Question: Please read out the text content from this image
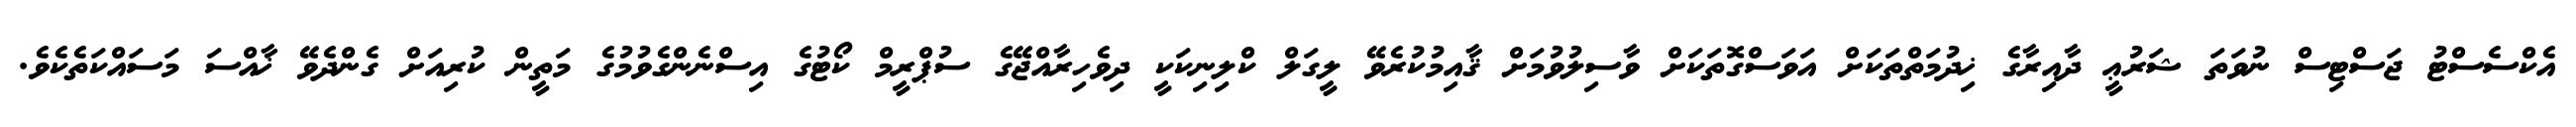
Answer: އެކްސެސްޓު ޖަސްޓިސް ނުވަތަ ޝަރުޢީ ދާއިރާގެ ޚިދުމަތްތަކަށް އަވަސްގޮތަކަށް ވާސިލުވުމަށް ޤާއިމުކުރެވޭ ލީގަލް ކްލިނިކަކީ ދިވެހިރާއްޖޭގެ ސުޕްރީމް ކޯޓުގެ އިސްނެންގެވުމުގެ މަތީން ކުރިއަށް ގެންދެވޭ ޚާއްސަ މަސައްކަތެކެވެ.